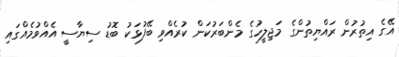
އޭގެ އިތުރުން ރައްޔިތުންގެ މަޖިލީހުގެ މެންބަރުކަން ކުރެއްވި ބޭފުޅަކު ބޮޑު ސިޔާސީ އެއްވުމެއްގައި